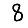
Digit: 8